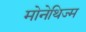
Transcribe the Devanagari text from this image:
मोनेथिज्म